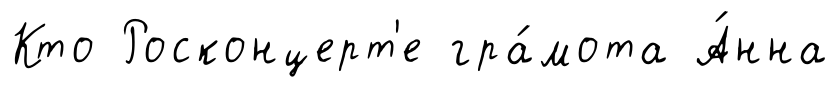
Кто Росконцерт'е гра́мота А́нна